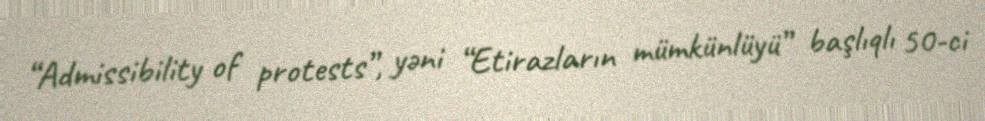
“Admissibility of protests”, yəni “Etirazların mümkünlüyü” başlıqlı 50-ci